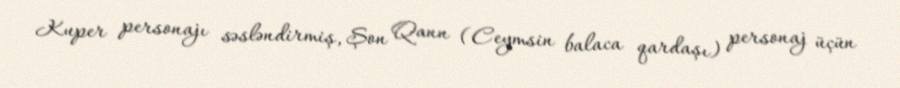
Kuper personajı səsləndirmiş, Şon Qann (Ceymsin balaca qardaşı) personaj üçün